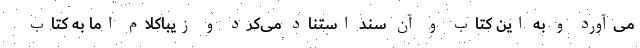
می‌آورد و به این کتاب و آن سند استناد می‌کرد و زیباکلام اما به کتاب